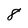
Character: 8